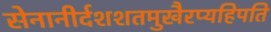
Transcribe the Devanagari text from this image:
सेनानीर्दशशतमुखैरप्यहिपति